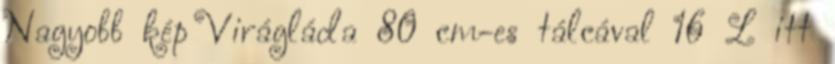
Nagyobb kép Virágláda 80 cm-es tálcával 16 L itt